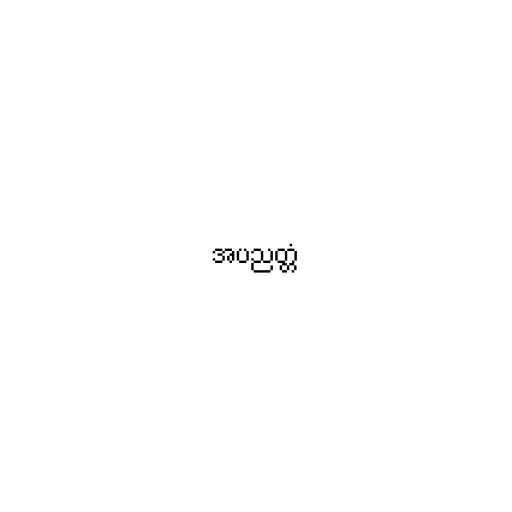
အပညတ္တံ